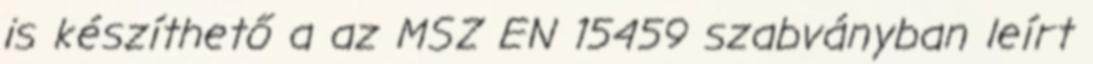
is készíthető a az MSZ EN 15459 szabványban leírt